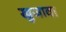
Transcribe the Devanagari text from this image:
खुजावा